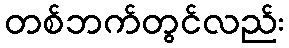
တစ်ဘက်တွင်လည်း